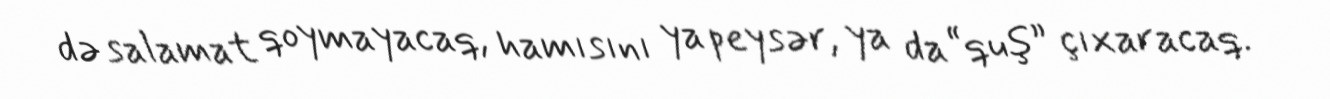
də salamat qoymayacaq, hamısını ya peysər, ya da “quş” çıxaracaq.